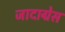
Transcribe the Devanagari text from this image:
जादाग्रेस